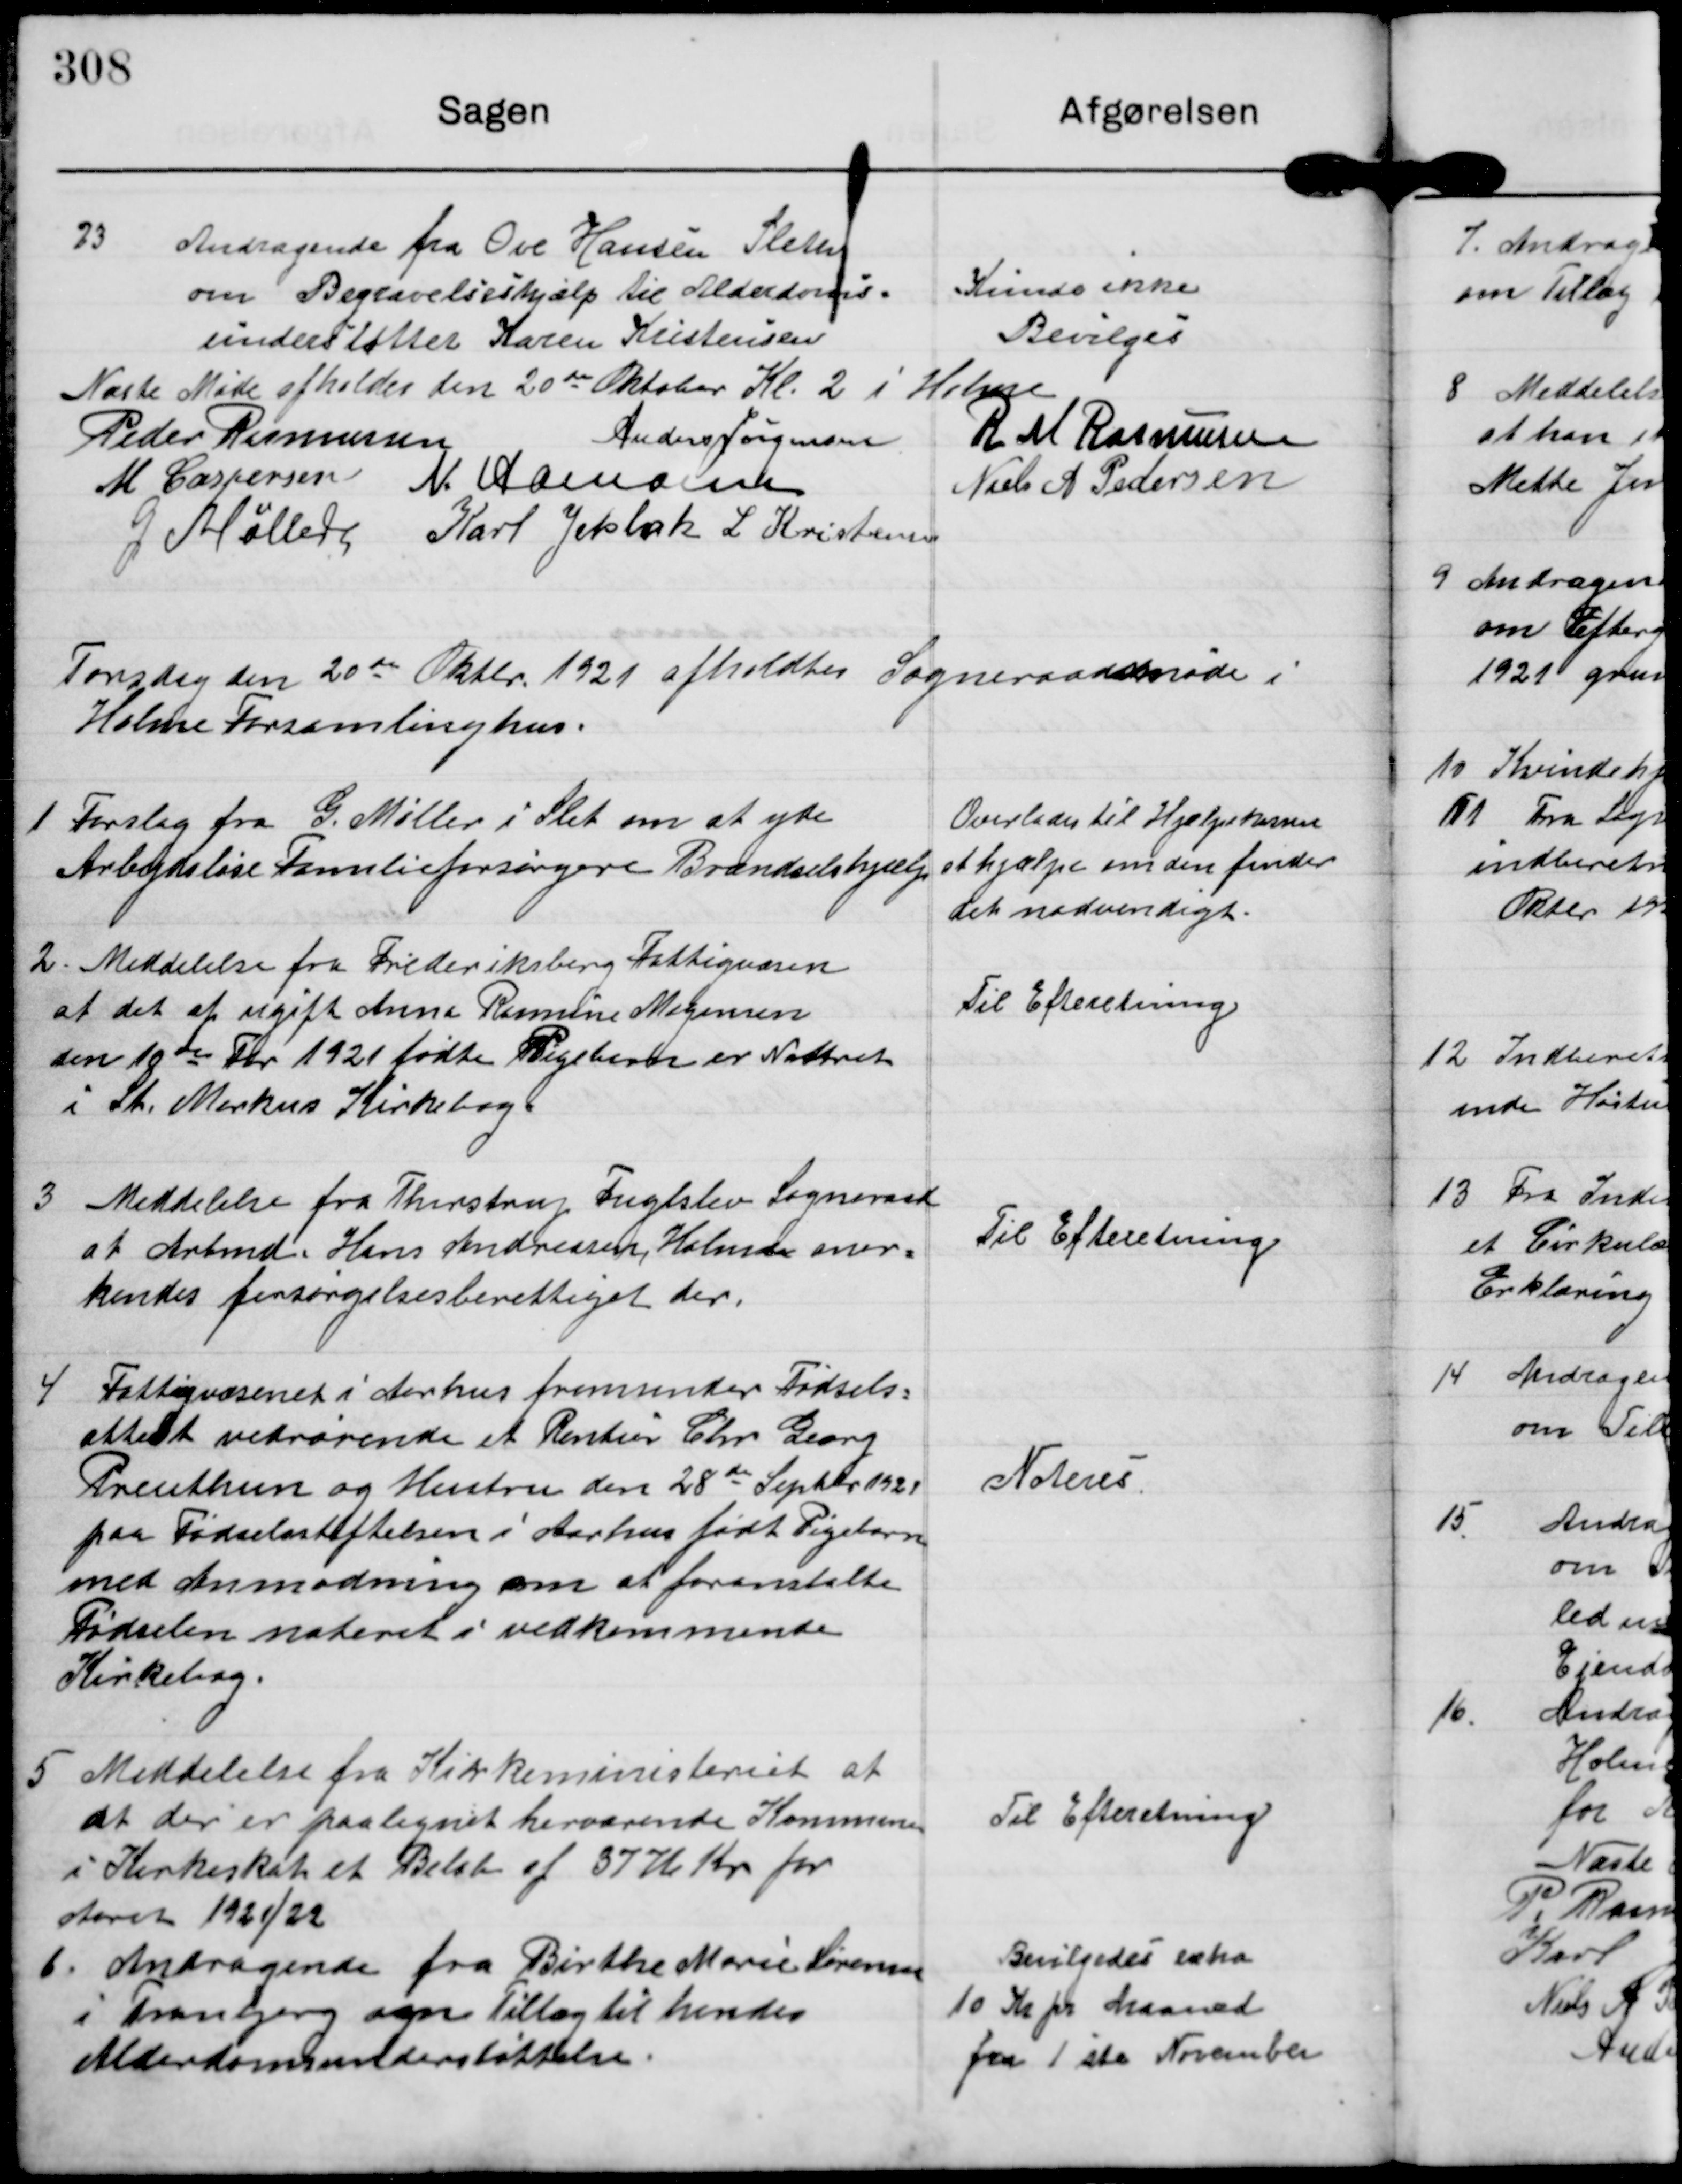
Transskription:
23

Andragende fra Ove Hansen Sleth
om Begravelseshjælp til Alderdoms-
understøttet Karen Kristensen

Kunde ikke
Bevilges

Næste Møde afholdes den 20de Oktober Kl. 2 i Holme

Peder Rasmussen
Anders Jørgensen R M Rasmussen
M Caspersen N. Hamann
Niels A Pedersen
G Møller Karl Jelsbak L Kristensen

Torsdag den 20de Oktbr 1921 afholdtes Sogneraadsmøde i
Holme Forsamlinghus.

1 Forslag fra G. Møller i Slet om at yde
Arbejdsløse Familieforsørgere Brændselshjælp

Overlades til Hjælpekassen
at hjælpe om den finder
det nødvendigt.

2. Meddelelse fra Frederiksberg Fattigvæsen
at det af ugift Anne Rasmine Mogensen
den 10de Fbr 1921 fødte Pigebarn er Noteret
i Sk. Markus Kirkebog.

Til Efteretning.

3 Meddelelse fra Thirstrup Fuglslev Sogneraad
at Arbmd. Hans Andreasen Holme aner-
kendes forsørgelsesberettiget der.

Til Efteretning.

4 Fattigvæsenet i Aarhus fremsender Fødsels-
attest vedrørende et Rentier Chr Georg
Preuthen og Hustru den 28de Sepbr 1921
paa Fødselsstiftelsen i Aarhus født Pigebarn
med anmodning om at foranstalte
Fødselen noteret i vedkommende
Kirkebog.

Noteres

5 Meddelelse fra Kirkeministeriet at
at der er paalignet herværende Kommune
i Kirkeskat et Beløb af 3776 Kr for
Aaret 1921/22.

Til Efteretning

6. Andragende fra Birthe Marie Sørensen
i Tranbjerg om Tillæg til hendes
Alderdomsunderstøtttelse.

Bevilgedes extra
10 Kr pr Maaned
fra 1 ste November